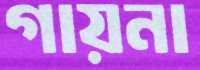
গায়না